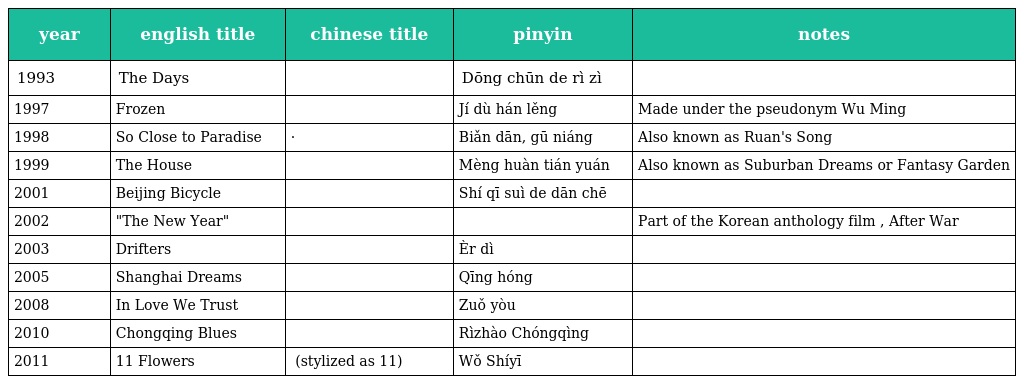
| year | english title | chinese title | pinyin | notes |
 | --- | --- | --- | --- | --- |
 | 1993 | The Days | 冬春的日子 | Dōng chūn de rì zì |  |
 | 1997 | Frozen | 极 度 寒 冷 | Jí dù hán lěng | Made under the pseudonym Wu Ming |
 | 1998 | So Close to Paradise | 扁担·姑娘 | Biǎn dān, gū niáng | Also known as Ruan's Song |
 | 1999 | The House | 梦幻田园 | Mèng huàn tián yuán | Also known as Suburban Dreams or Fantasy Garden |
 | 2001 | Beijing Bicycle | 十七岁的单车 | Shí qī suì de dān chē |  |
 | 2002 | "The New Year" |  |  | Part of the Korean anthology film , After War |
 | 2003 | Drifters | 二弟 | Èr dì |  |
 | 2005 | Shanghai Dreams | 青红 | Qīng hóng |  |
 | 2008 | In Love We Trust | 左右 | Zuǒ yòu |  |
 | 2010 | Chongqing Blues | 日照重慶 | Rìzhào Chóngqìng |  |
 | 2011 | 11 Flowers | 我十一 (stylized as 我11) | Wǒ Shíyī |  |